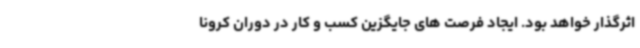
اثرگذار خواهد بود. ایجاد فرصت های جایگزین کسب و کار در دوران کرونا